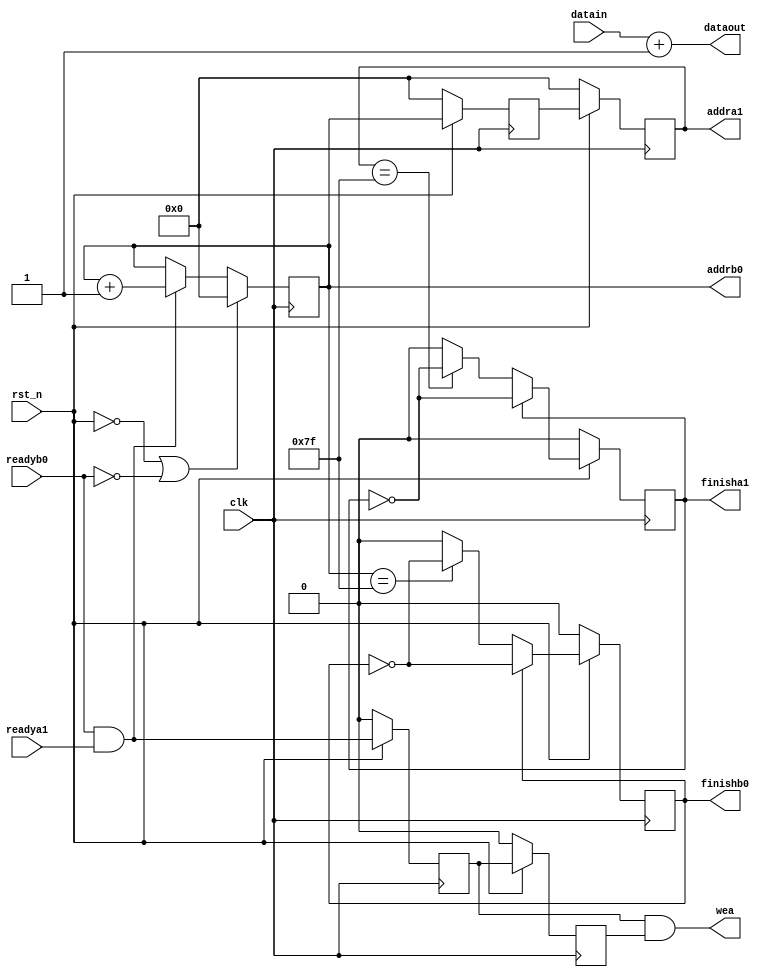
module DSP_module(
    input wire clk,
    input wire rst_n,
    input wire[7:0] datain,
    output wire[7:0]dataout,

    // RAM
    input readyb0,
    input readya1,
    output reg[6:0] addrb0,
    output reg[6:0] addra1,
    output reg finishb0,
    output reg finisha1,
    output wire wea
);

    parameter DATADEPTH = 128;

    // wire dataout_w;
    assign dataout = datain + 1;
    reg[6:0] addrb0_r;


    assign wea1 = readyb0 && readya1;
    reg wea1_r, wea1_rr;
    assign wea = wea1_r && wea1_rr;

    always @(posedge clk) begin
        if(!rst_n) begin
            wea1_r <= 0;
            wea1_rr <= 0;
        end
        else begin
            wea1_r <= wea1;
            wea1_rr <= wea1_r;
        end
    end


    always @(posedge clk) begin
        if(!rst_n || !readyb0) begin
            addrb0 <= 7'b0;
        end
        else if(readyb0 && readya1)begin
            addrb0 <= addrb0 + 1;
        end
    end


    always @(posedge clk) begin
        if(!rst_n) begin
            finishb0 <= 0;
        end
        else if(finishb0 == 1)
            finishb0 <= ~finishb0;
        else if(addrb0 == (DATADEPTH - 1)) begin
            finishb0 <= ~finishb0;
        end
    end


    // dina1 
    always @(posedge clk) begin
        if(!rst_n) begin
            addra1 <= 7'b0;
            addrb0_r <= 7'b0;
        end
        else begin
            addrb0_r <= addrb0;
            addra1 <= addrb0_r;
        end
    end


    always @(posedge clk) begin
        if(!rst_n) begin
            finisha1 <= 0;
        end
        else if(finisha1 == 1)
            finisha1 <= ~finisha1;
        else if(addra1 == (DATADEPTH - 1)) begin
            finisha1 <= ~finisha1;
        end
    end

    
endmodule